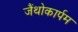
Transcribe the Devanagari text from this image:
जैंथोकार्पम